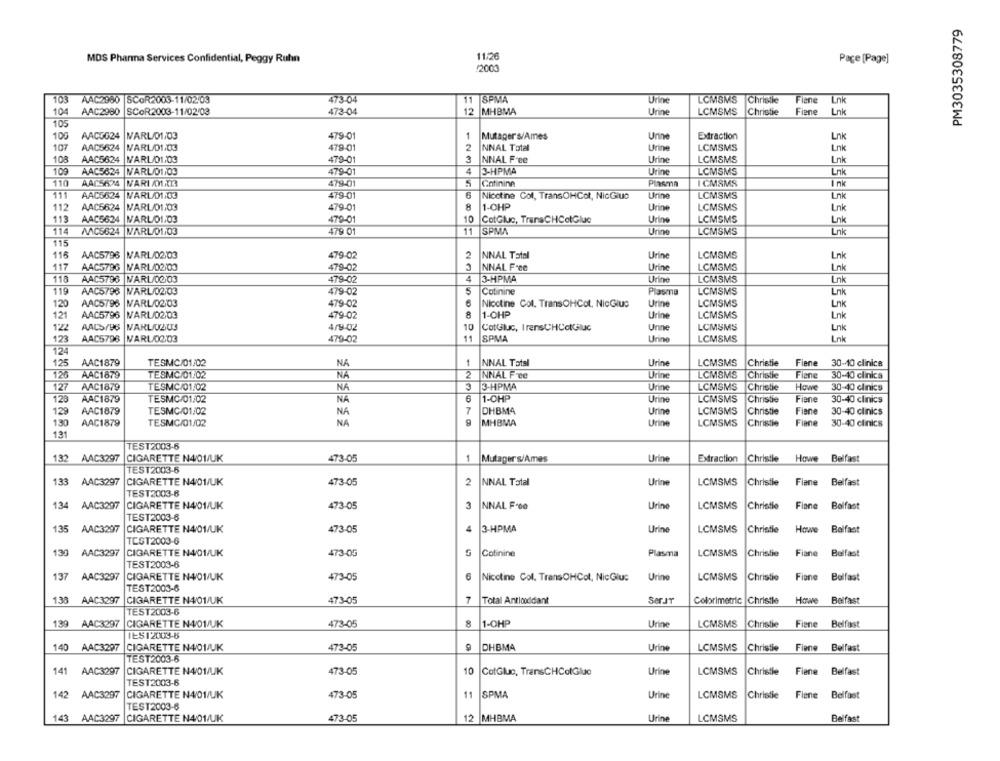
PM3035308779
MDS Pharma Services Confidential, Peggy Ruhn
11/26
Page [Page]
2000
103 AAC2980 SCOR2003-11/02/03
473-04
11
SPMA
Urine
LCMSMS
Christie
Fiene
Lnk
104
AAC2980
SCOR2003-11/02/03
473-04
12
MHBMA
Urine
LCMSMS
Christie
Fiene
Lnk
105
100
AACOG24
VARL/01/03
479-01
1
Mutager s/Ames
Urine
Extraction
Lnk
107
AAC5624
VARL/01,03
479-01
2
NNAL Total
Urine
LCMSMS
Lnk
AAC5624
VARL/01/03
479-01
3
NNAL Free
Urine
LCMSMS
Lnk
109
AAC5624 NARU/01/03
479-01
4
3-HPMA
Urine
LCMSMS
Lnk
110
AAC5624
WARI /NATT3
479-01
5
Gotinine
Plasma
ICMSMS
Ink
111
AAC5624
WARL/01:03
479-01
Nicotine Col, TransOHCot, NicGius
Urine
LCMSMS
Lnk
AAC6624
8
1-OHP
LCMSMS
112
VARL/01/03
479-01
Urine
Lnk
113
AAC5624
WARL 01/03
479-01
10
CotGluc, TransCHColGlue
Urine
LCMSMS
Link
114
MAC5624
WARL/ 01103
479 01
11
SPMA
Urine
LCMSMS
Lnk
15
116
AAC5796
VARL/02:03
479-02
2
NNAL Total
Urine
LCMSMS
Lnk
117
AAC5796 NARL/02/03
479-02
NNAL F.00
Urine
LCMSMS
Lnk
118
AAC5796
NARL/00.03
479-02
4
3-HPMA
Urine
LCMSMS
Lnk
119
LCMSMS
AAC5796
WARL 02:03
479-02
Cotinine
Plasma
Lnk
120
AAC5796
NARL/02/03
479-02
6
Nicotine Col. TransOHCot, NicGlus
Urine
LCMSMS
Lnk
121
AAC5796
NARU/02/03
479-02
1-OHP
Urine
LCMSMS
Lnk
1'22
AALS/96
VARLOZU3
4/9-02
10
CotGaluc, I rensCHColGluc
Urine
LCMSMS
Lnk
123
AAC5796 VARL 0203
479-02
1
SPMA
Urine
LCMSMS
Lnk
124
125
AAC1879
TESMC/01/02
NA
1
NNAL Tatsl
Urine
LCMSMS
Christie
Fiene
30-10 clinica
126
TESMC/01:02
2
NNAL Free
Urine
LCMSMS
Christie
Fiene
30-40 clinica
AAC1879
NA
127
AAC1879
TESMC/01/02
3
3-HPMA
Urine
LCMSMS
Christie
Howe
30-40 clinics
123
AAC1879
TESMC/01/02
NA
6
1-OHP
Urine
LCMSMS
Christie
Fiene
30-40 clinics
129
AAC1879
TESMC/01/02
DHBM4
Urine
LCMSMS
Christie
Fiene
30-40 clinics
NA
130
AAC1879
TESMG/01/02
NA
MHBMA
Urine
LCMSMS
Christie
Fiane
30-40 clinics
131
TEST2003-6
132 AAC3297
CIGARETTE N4/01/UK
473-05
1
Mutager s/Ames
Urine
Extraction
Christie Howe Belfast
TEST2003-5
133 AAC3297
CIGARETTE N4/01/UK
473-05
2
NNAL Total
Urine
LCMSMS
Christie
Flene Belfast
TEST2003-8
134 AAC3297
CIGARETTE N4/01/UK
473-05
3
NNAL F.00
Urine
LCMSMS
Christie
Flane Bolfast
TEST2003-8
135
AAC3297
CIGARETTE N4/01/UK
473-05
4
3-HPMA
Urine
LCMSMS
Christie
Howe
Belfast
TEST2003-6
130 AAC3297
CIGARETTE N4/01/UK
473-05
Cotinine
Plasma
LCMSMS
Christie
Fiane
Belfast
TEST2003-6
137 AAC3297
CIGARETTE N4/01/UK
473-05
Nicotine Col. TransOHCol, NicGlus
Urine
LCMSMS
Christie
Fiane
Bolfast
TEST2003-6
138 AAC3297
CIGARETTE N4/01/UK
473-05
Total Antlooddant
SerJr
Colorimetric |Christie
Howe Belfast
TEST2003-6
139 AAC3297
CIGARETTE N4/01/UK
473-05
1-OHP
Urine
LCMSMS
Christie
Fiene
Belfast
IES12003-6
140 AAC3297
CIGARETTE N401/UK
473-05
DHBMA
Urine
LCMSMS
Christie
Fiene
Belfast
TEST2003-6
LCMSMS
141 AAC3297
CIGARETTE N4/01/UK
473-05
10
CotGlue, TransCHColGlue
Urine
Christie
Fiene Belfast
TEST2003-6
142 AAC3297
CIGARETTE N4/01/UK
473-05
11
SPMA
Urine
LCMSMS
Christie
Fiene Belfast
TEST2003-6
143 AAC3297
CIGARETTE N4/01/UK
473-05
12
MHBMA
Urine
LCMSMS
Belfast